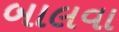
બાલવા